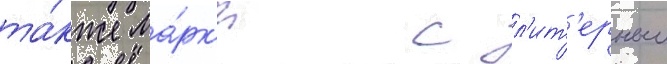
та́кже ма́рк'и с л'ит'ерным